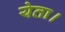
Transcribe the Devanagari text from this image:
येता।